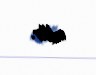
edilir.